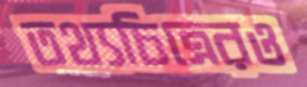
তথ্যচিত্রেরও